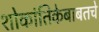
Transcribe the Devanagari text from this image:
शोकांतिकेबाबतचे